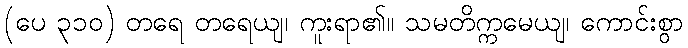
(ပေ ၃၁၀) တရေ တရေယျ၊ ကူးရာ၏။ သမတိက္ကမေယျ၊ ကောင်းစွာ